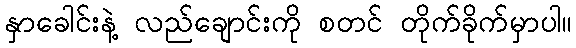
နှာခေါင်းနဲ့ လည်ချောင်းကို စတင် တိုက်ခိုက်မှာပါ။